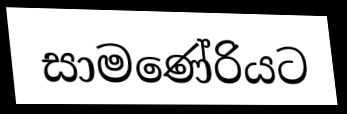
සාමණේරියට